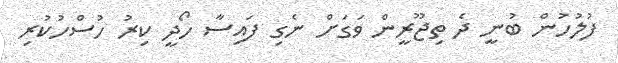
ފުލުހުން ބުނީ ދެ ތިޖޫރީން ވަގަށް ނެގި ފައިސާ ހޯދީ ކިރު ހުސްހުކުރި